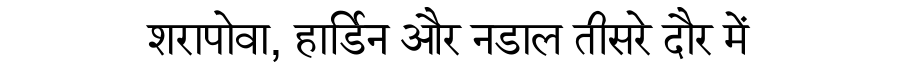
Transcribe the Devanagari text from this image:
शरापोवा, हार्डिन और नडाल तीसरे दौर में